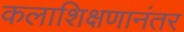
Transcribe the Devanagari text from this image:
कलाशिक्षणानंतर